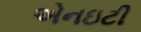
એનઇટી